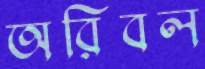
অরিবল